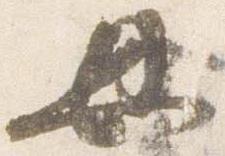
母